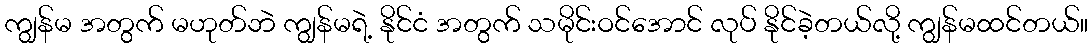
ကျွန်မ အတွက် မဟုတ်ဘဲ ကျွန်မရဲ့ နိုင်ငံ အတွက် သမိုင်းဝင်အောင် လုပ် နိုင်ခဲ့တယ်လို့ ကျွန်မထင်တယ်။